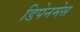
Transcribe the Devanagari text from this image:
डिपेनमेस